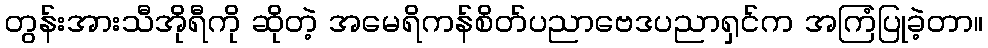
တွန်းအားသီအိုရီကို ဆိုတဲ့ အမေရိကန်စိတ်ပညာဗေဒပညာရှင်က အကြံပြုခဲ့တာ။